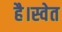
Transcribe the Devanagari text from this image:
है।स्वेत